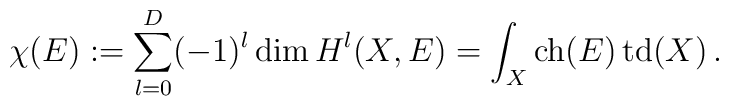
\chi(E):=\sum_{l=0}^D(-1)^l\dim { H}^l(X,E)=\int_X\mathop{{\rm ch}}(E)\mathop{{\rm td}}(X)\,.